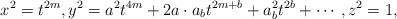
LaTeX: \begin{align*}x^2=t^{2m},y^2= a^2t^{4m} + 2a\cdot a_b t^{2m+b}+ a_b^2t^{2b}+\cdots,z^2=1,\end{align*}